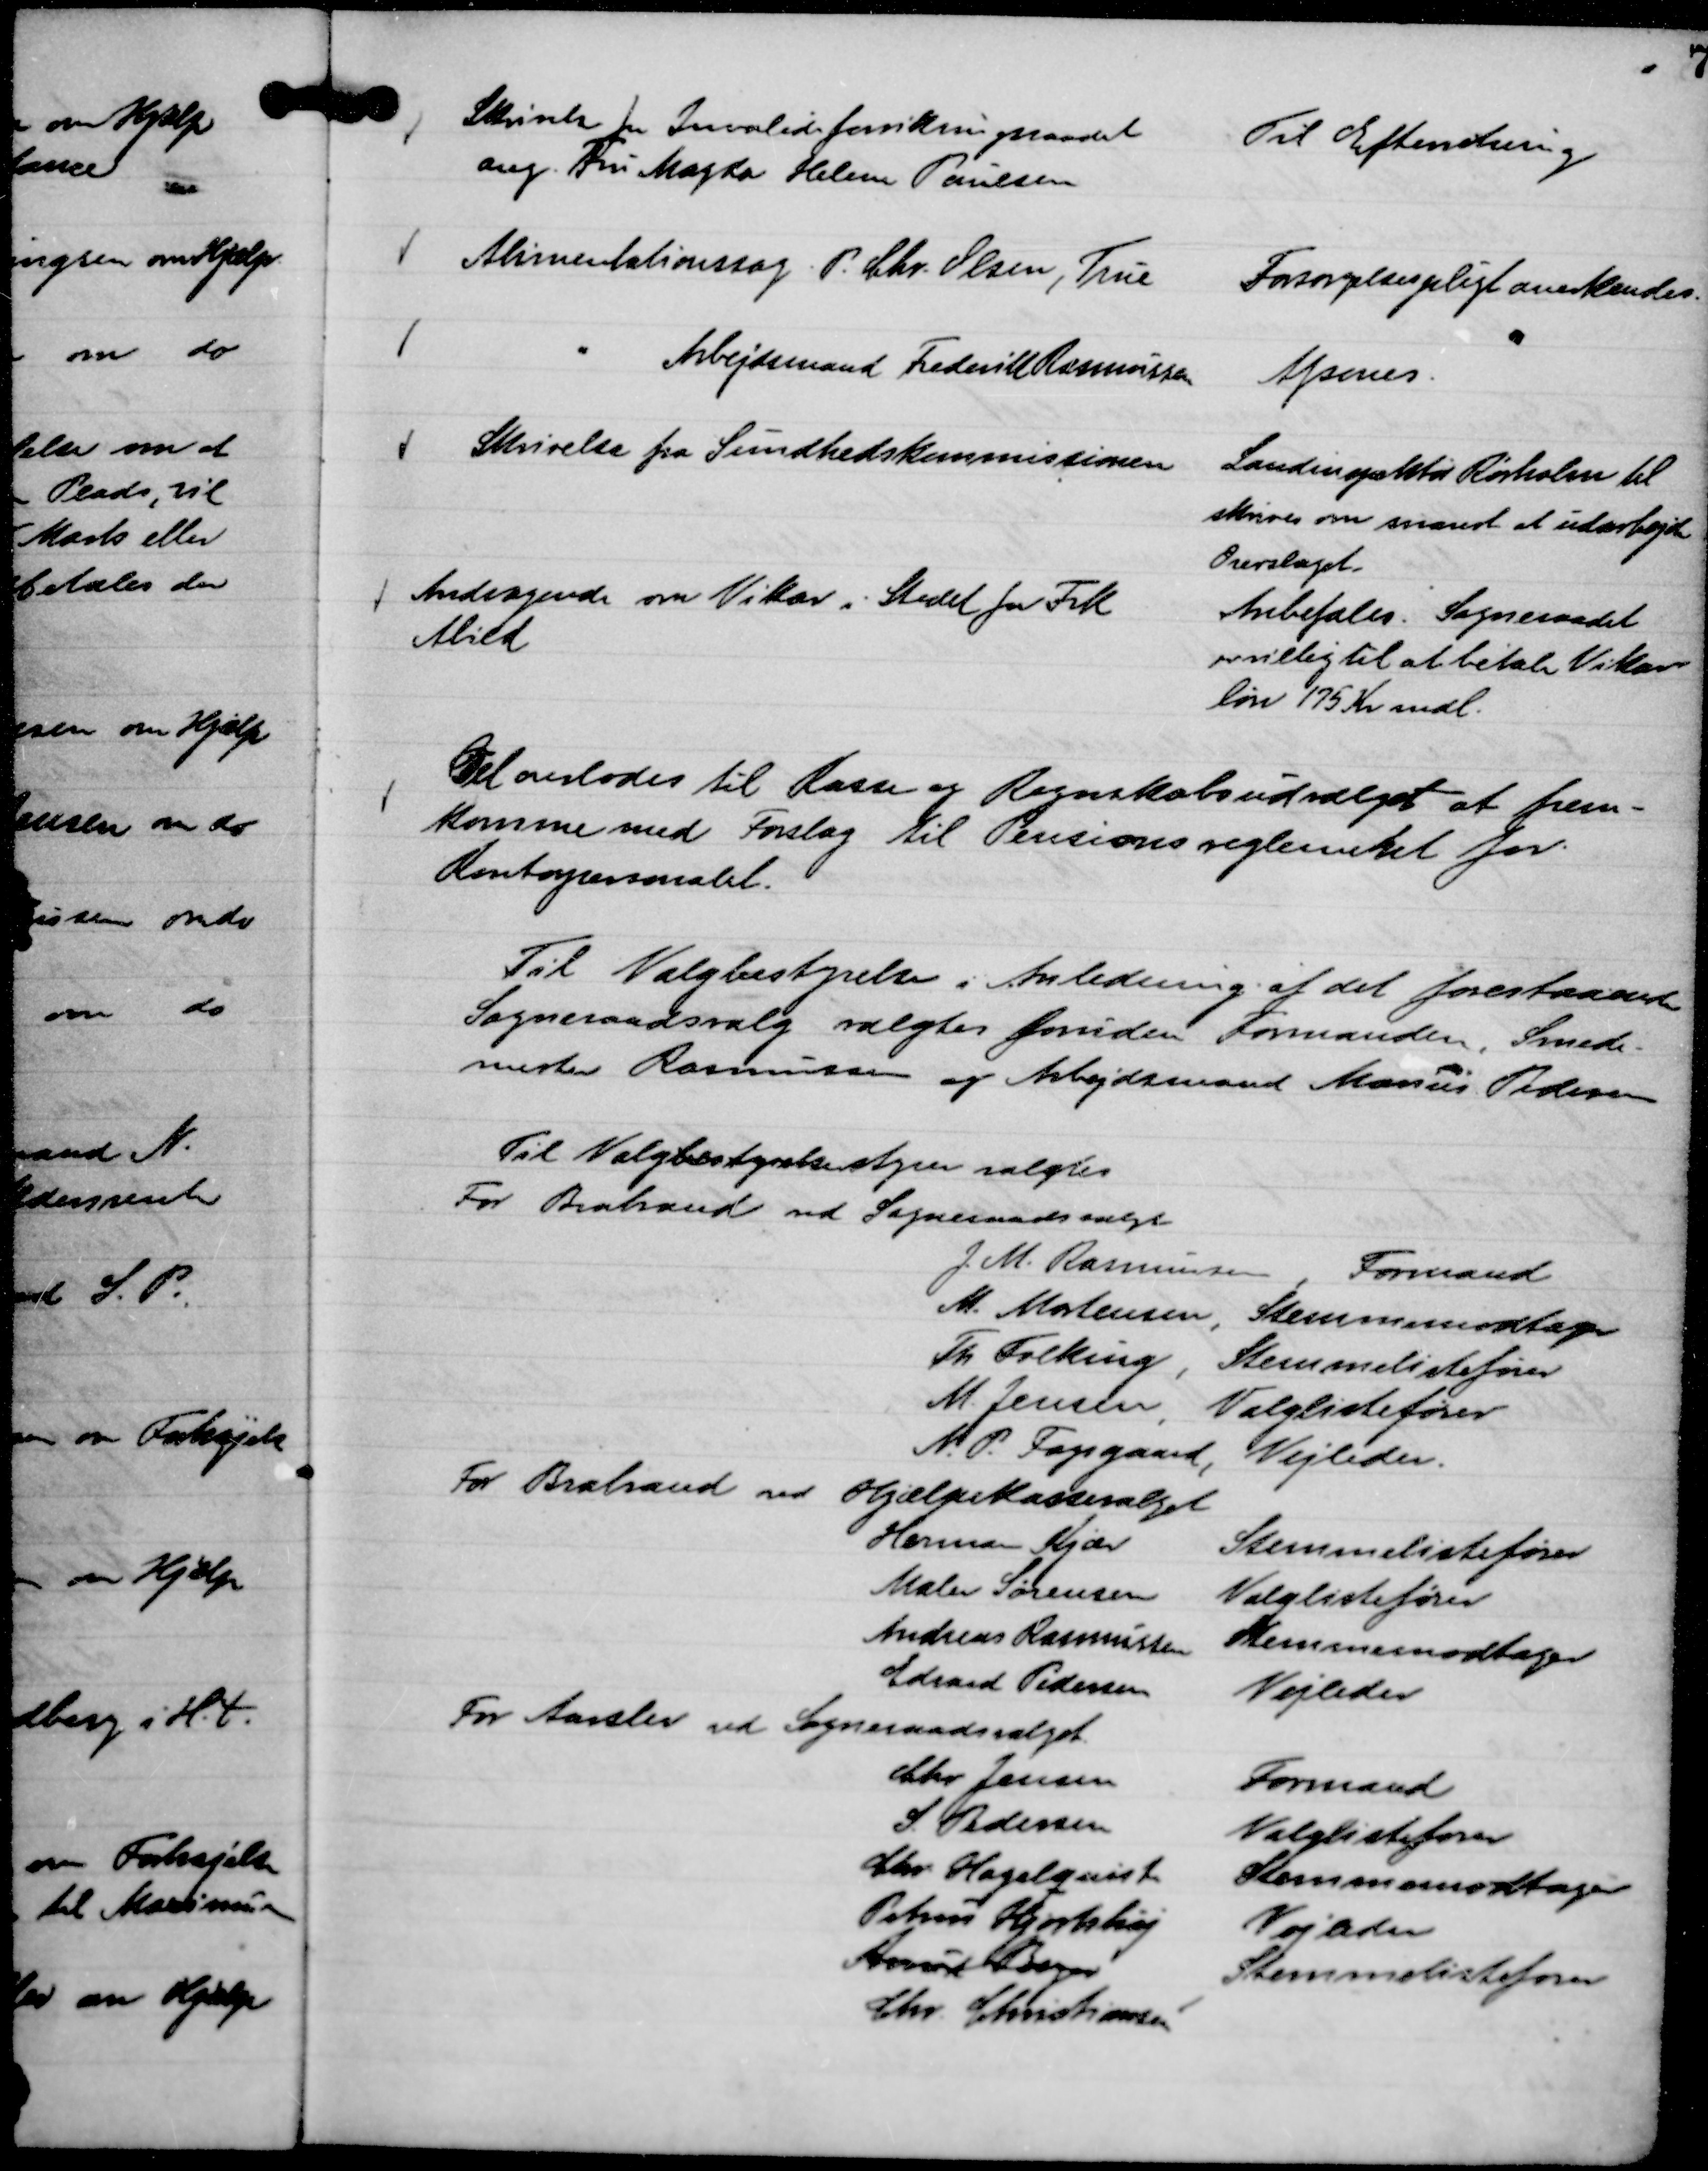
Transskription:
Skrivelse fra Invalideforsikringsraadet
ang. Fru Magda Helene Poulsen

Til Efterretning

Alimentationssag. P. Chr. Olsen, True

Forsørgelsespligt anerkendes.

"
Arbejdsmand Frederik Rasmussen

Afsones.

Skrivelse fra Sundhedskommissionen

Landinspektør Rørholm til
skrives om snarest at udarbejde
Overslaget.

Andragende om Vikar i Stedet for Frk
Abild

Anbefales. Sogneraadet
er villig til at betale Vikar-
løn 175 Kr mdl.

Det overlodes til Kasse og Regnskabsudvalget at frem-
komme med Forslag til Pensionsreglementet for
Kontorpersonalet.

Til Valgbestyrelsen i Anledning af det forestaaende
Sogneraadsvalg valgtes foruden Formanden, Smede-
mester Rasmussen og Arbejdsmand Marius Pedersen

Til Valgbestyrelse styrer valgtes
For Brabrand ved Sogneraadsvalget
J. M. Rasmussen ,
Formand
M. Mortensen ,
Stemmemodtager
Th. Folking ,
Stemmelistefører
M. Jensen,
Valglistefører
N. P. Fogsgaard,
Vejleder.
For Brabrand ved
Hjælpekassevalget
Herman Kjær
Stemmelistefører
Maler Sørensen
Valglistefører
Andreas Rasmussen
Stemmemodtager
Edvard Pedersen
Vejleder
For Aarslev ved Sogneraadsvalget
Chr Jensen
Formand
S. Pedersen
Valglistefører
Chr. Hagelquist
Stemmemodtager
Petrus Hjortshøj
Vejleder
Arnard Beyer
Stemmelistefører
Chr. Christiansen